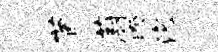
茵蔚睽沱